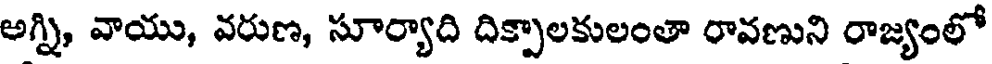
అగ్ని, వాయు, వరుణ, సూర్యాది దిక్పాలకులంతా రావణుని రాజ్యంలో